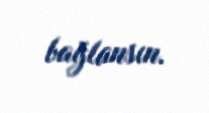
bağlansın.